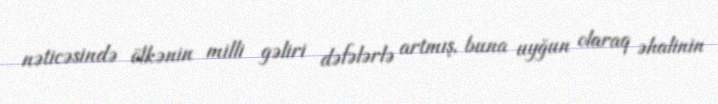
nəticəsində ölkənin milli gəliri dəfələrlə artmış, buna uyğun olaraq əhalinin